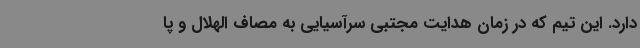
دارد. این تیم که در زمان هدایت مجتبی سرآسیایی به مصاف الهلال و پا